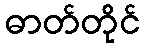
ဓာတ်တိုင်